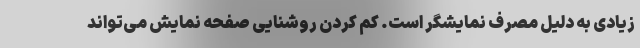
زیادی به دلیل مصرف نمایشگر است. کم کردن روشنایی صفحه نمایش می‌تواند